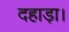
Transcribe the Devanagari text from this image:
दहाड़ा।